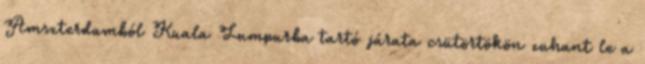
Amszterdamból Kuala Lumpurba tartó járata csütörtökön zuhant le a